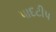
પાદટીપ